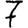
Digit: 7